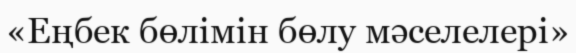
«Еңбек бөлімін бөлу мәселелері»